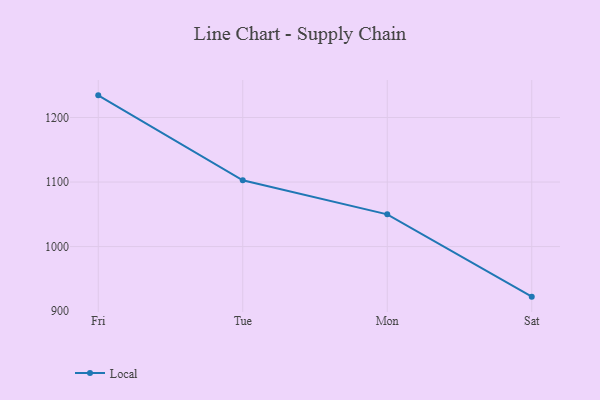
{"axis": {"x": "Day", "y": "Active Users"}, "legend": ["Local"], "data": [{"x": "Fri", "y": 1234.3, "type": "Local"}, {"x": "Tue", "y": 1102.7, "type": "Local"}, {"x": "Mon", "y": 1049.9, "type": "Local"}, {"x": "Sat", "y": 922.4, "type": "Local"}]}